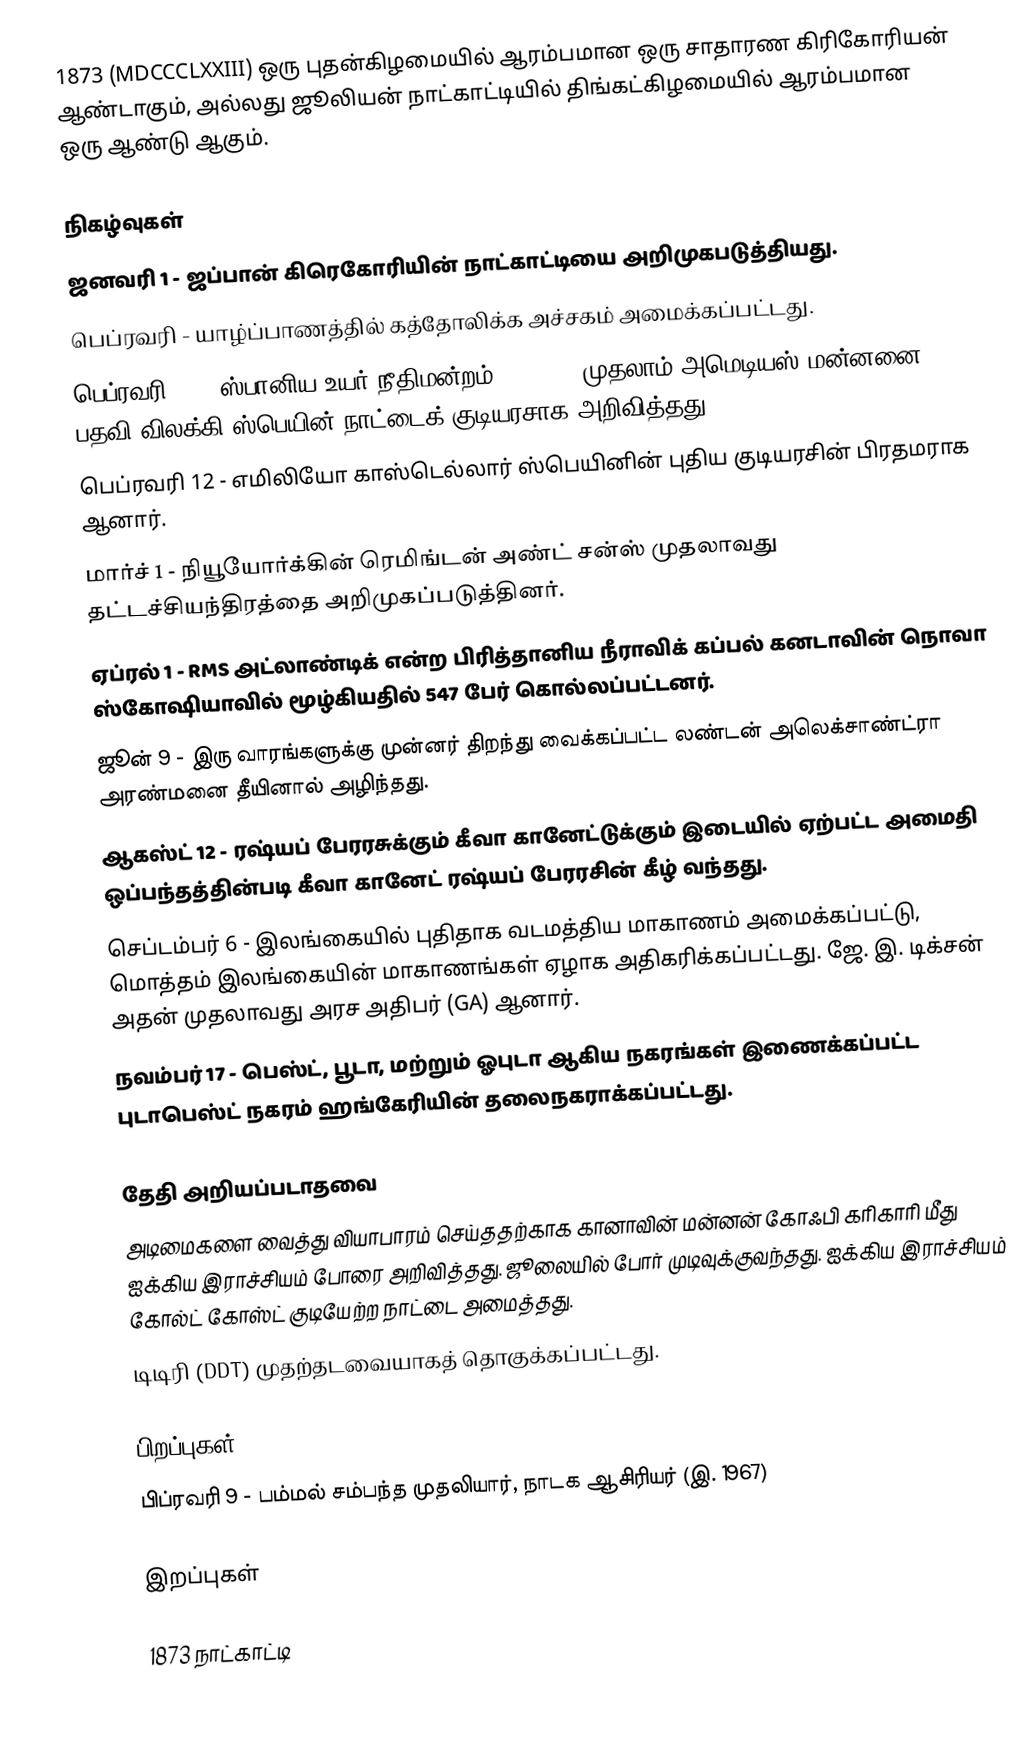
1873  (MDCCCLXXIII) ஒரு புதன்கிழமையில் ஆரம்பமான ஒரு சாதாரண கிரிகோரியன் ஆண்டாகும், அல்லது ஜூலியன் நாட்காட்டியில் திங்கட்கிழமையில் ஆரம்பமான ஒரு ஆண்டு ஆகும்.

நிகழ்வுகள்
 ஜனவரி 1 - ஜப்பான் கிரெகோரியின் நாட்காட்டியை அறிமுகபடுத்தியது.
 பெப்ரவரி - யாழ்ப்பாணத்தில் கத்தோலிக்க அச்சகம் அமைக்கப்பட்டது.
 பெப்ரவரி 11 - ஸ்பானிய உயர் நீதிமன்றம் (Cortes) முதலாம் அமெடியஸ் மன்னனை பதவி விலக்கி ஸ்பெயின் நாட்டைக் குடியரசாக அறிவித்தது.
 பெப்ரவரி 12 - எமிலியோ காஸ்டெல்லார் ஸ்பெயினின் புதிய குடியரசின் பிரதமராக ஆனார்.
 மார்ச் 1 - நியூயோர்க்கின் ரெமிங்டன் அண்ட் சன்ஸ் முதலாவது தட்டச்சியந்திரத்தை அறிமுகப்படுத்தினர்.
 ஏப்ரல் 1 - RMS அட்லாண்டிக் என்ற பிரித்தானிய நீராவிக் கப்பல் கனடாவின் நொவா ஸ்கோஷியாவில் மூழ்கியதில் 547 பேர் கொல்லப்பட்டனர்.
 ஜூன் 9 - இரு வாரங்களுக்கு முன்னர் திறந்து வைக்கப்பட்ட லண்டன் அலெக்சாண்ட்ரா அரண்மனை தீயினால் அழிந்தது.
 ஆகஸ்ட் 12 - ரஷ்யப் பேரரசுக்கும் கீவா கானேட்டுக்கும் இடையில் ஏற்பட்ட அமைதி ஒப்பந்தத்தின்படி கீவா கானேட் ரஷ்யப் பேரரசின் கீழ் வந்தது.
 செப்டம்பர் 6 - இலங்கையில் புதிதாக வடமத்திய மாகாணம் அமைக்கப்பட்டு, மொத்தம் இலங்கையின் மாகாணங்கள் ஏழாக அதிகரிக்கப்பட்டது. ஜே. இ. டிக்சன் அதன் முதலாவது அரச அதிபர் (GA) ஆனார்.
 நவம்பர் 17 - பெஸ்ட், பூடா, மற்றும் ஓபுடா ஆகிய நகரங்கள் இணைக்கப்பட்ட புடாபெஸ்ட் நகரம் ஹங்கேரியின் தலைநகராக்கப்பட்டது.

தேதி அறியப்படாதவை
 அடிமைகளை வைத்து வியாபாரம் செய்ததற்காக கானாவின் மன்னன் கோஃபி கரிகாரி மீது ஐக்கிய இராச்சியம் போரை அறிவித்தது. ஜூலையில் போர் முடிவுக்குவந்தது. ஐக்கிய இராச்சியம் கோல்ட் கோஸ்ட் குடியேற்ற நாட்டை அமைத்தது.
 டிடிரி (DDT) முதற்தடவையாகத் தொகுக்கப்பட்டது.

பிறப்புகள்
 பிப்ரவரி 9 - பம்மல் சம்பந்த முதலியார், நாடக ஆசிரியர் (இ. 1967)

இறப்புகள்

1873 நாட்காட்டி